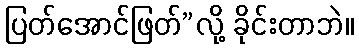
ပြတ်အောင်ဖြတ်”လို့ ခိုင်းတာဘဲ။